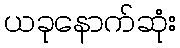
ယခုနောက်ဆုံး